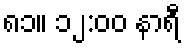
၈၁။ ၁၂:၀၀ နာရီ